Civil Veterinary Dept. Bombay admin report 1914-1922 - 1914-1922
Year: 1914
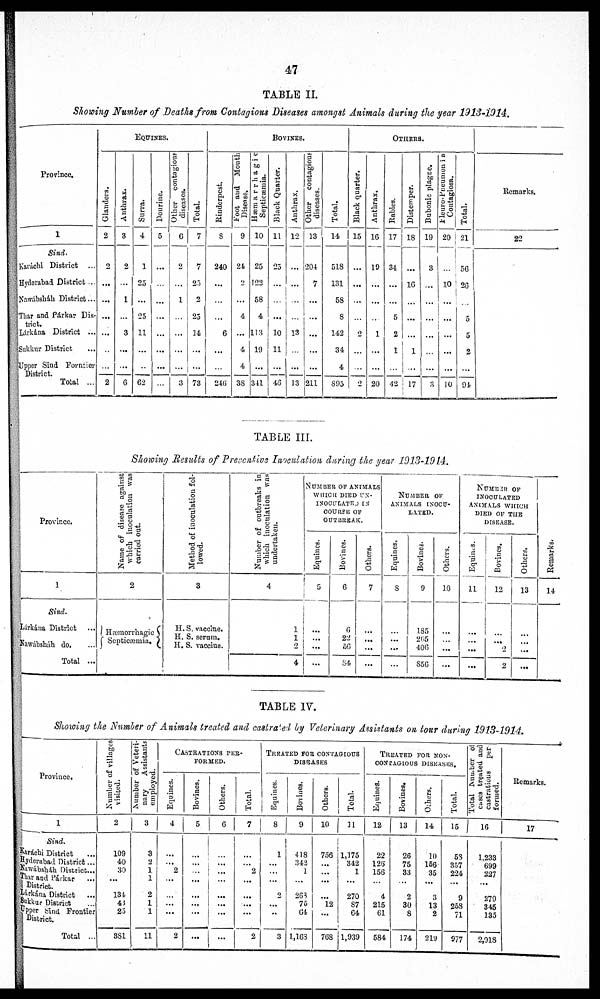
47
TABLE II.
Showing Number of Deaths from Contagious Diseases amongst Animals during the year 1913-1914.
Province.
1
Sind.
Karáchi District ...
Hyderabad District ...
Nawábsháh District...
Thar and Párkar Dis-
trict.
Lárkána District ...
Sukkur District ...
Upper Sind Forntier
District.
Total ...
EQUINES
Glanders.
2
2
...
...
...
...
...
...
2
Anthrax.
3
2
...
1
...
3
...
...
6
Surra.
4
1
25
...
25
11
...
...
62
Dourine.
5
...
...
...
...
...
...
...
...
Other contagious
diseases.
6
2
...
1
...
...
...
...
3
Total.
7
7
25
2
25
14
...
...
73
BOVINES
Rinderpest.
8
240
...
...
...
6
...
...
246
Foot and Mouth
Disease.
9
24
2
...
4
...
4
4
38
Hæmarrhagic
Septicæmia.
10
25
122
58
4
113
19
...
341
Black Quarter.
11
25
...
...
...
10
11
...
43
Anthrax.
12
...
...
...
...
18
...
...
13
Other
contagious
diseases.
13
204
7
...
...
...
...
...
211
Total.
14
518
131
58
8
142
34
4
895
OTHERS
Black quarter.
15
...
...
...
...
2
...
...
2
Anthrax.
16
19
...
...
...
1
...
...
20
Rabies.
17
34
...
...
5
2
1
...
42
Distemper.
18
...
16
...
...
...
1
...
17
Bubonic plagne.
19
3
...
...
...
...
...
...
...
Pleuro-Pneumonia
Contagiosa.
20
...
10
...
...
...
...
...
10
Total.
21
56
26
...
5
5
2
...
94
Remarks.
22
TABLE III.
Showing Results of Preventive Inoculation during the year 1913-1914.
Province.
1
Sind.
Lárkána District
Nawábsháh do.
Total ...
Name of disease against!
which inoculation was
carried out.
2
Hæmorrhagic
Septicæmia.
Method of inoculation fol-
lowed.
3
H. S. vaccine.
H. S. serum.
H. S. vaccine.
Number of outbreaks in
which inoculation was
undertaken.
4
1
1
2
4
NUMBER OF ANIMALS
WHICH DIED UN-
INOCULATED IN
COURSE OF
OUTBREAK.
Equines.
5
...
...
...
...
Bovines.
6
6
22
56
84
Others.
7
...
...
...
...
NUMBER OF
ANIMALS INOCU-
LATED.
Equines.
8
...
...
...
...
Bovines.
9
185
265
406
856
Others.
10
...
... ...
...
NUMBER OF
INOCULATED
ANIMALS WHICH
DIED OF THE
DISEASE.
Equines.
11
...
... ...
...
Bovines.
12
...
...
2
2
Others.
13
...
... ...
...
Remarks.
14
TABLE IV.
Showing the Number of Animals treated and castrated by Veterinary Assistants on tour during 1913-1914.
Province.
1
Sind.
Karachi District
Hyderabad District ...
Nawábsháh District ...
Thar and Párkar ...
District.
Lárkána District ...
Sukkur District ...
Upper Sind Frontier
District.
Total ...
Number of villages
visited.
2
109
40
30
...
134
43
25
381
Number of Veteri-
nary
Assistants
employed.
3
3
2
1
1
2
1
1
11
CASTRATIONS PER-
FORMED.
Equines.
4
...
...
2
...
...
...
2
Bovines.
5
...
..
...
...
...
...
...
...
Others.
6
...
...
...
...
...
...
...
...
Total.
7
...
...
2
...
...
...
...
2
TREATED FOR CONTAGIOUS
DISEASES
Equines.
8
1
...
...
...
2
...
...
3
Bovines.
9
418
343
1
...
268
75
64
1,168
Others.
10
756
...
...
...
...
12
...
768
Total.
11
1,175
342
1
...
270
87
64
1,939
TREATED FOR NON-
CONTAGIOUS DISEASES.
Equines.
12
22
126
156
4
215
61
584
Bovines.
13
26
75
33
...
2
30
8
174
Others.
14
10
156
35
...
3
13
2
219
Total.
15
53
357
224
...
9
258
71
977
Total Number of
cases treated and
castrations
per
formed.
16
1,233
699
227
279
345
135
2,918
Remarks.
17